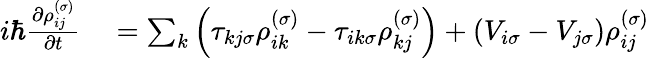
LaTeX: \begin{array}{rl}{i\hbar\frac{\partial\rho_{ij}^{\left(\sigma\right)}}{\partial t}}&{{}=\sum_{k}\left(\tau_{kj\sigma}\rho_{ik}^{\left(\sigma\right)}-\tau_{ik\sigma}\rho_{kj}^{\left(\sigma\right)}\right)+\left(V_{i\sigma}-V_{j\sigma}\right)\rho_{ij}^{\left(\sigma\right)}}\end{array}